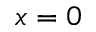
x = 0